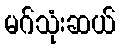
မဂ်သုံးဆယ်